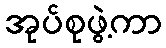
အုပ်စုဖွဲ့ကာ